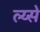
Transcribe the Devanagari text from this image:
ल्य्से